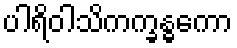
ပါရိဝါသိကက္ခန္ဓကော